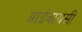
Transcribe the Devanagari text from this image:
आईवायसी